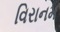
વિરાનમ